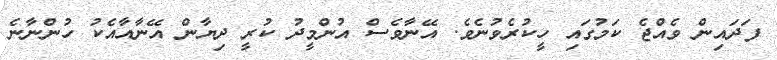
ފަދައިން ވެއްޖެ ކަމުގައި ހީކުރެވުނެވެ. އޭނާވެސް އުންމީދު ކުރީ ދިޔާން އޭނާއާއެކު ހުންނާނެ